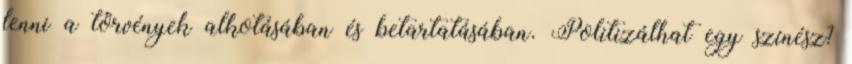
lenni a törvények alkotásában és betartatásában. Politizálhat egy színész?